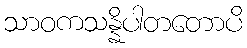
သာဝကသန္နိပါတတောပိ